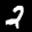
Label: 2